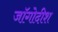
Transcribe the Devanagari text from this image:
जॉगोदीश